Malaria in the Andamans - Number 56
Disease focus: Malaria
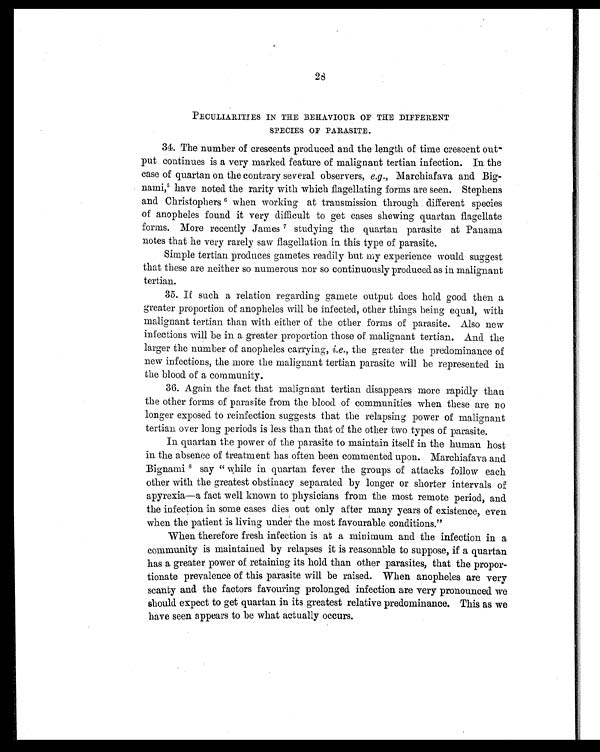
28
PECULIARITIES IN THE BEHAVIOUR OF THE DIFFERENT
SPECIES OF PARASITE.
34. The number of crescents produced and the length of time crescent out-
put continues is a very marked feature of malignant tertian infection. In the
case of quartan on the contrary several observers, e.g., Marchiafava and Big
-nami,5 have noted the rarity with which flagellating forms are seen. Stephens
and Christophers6 w h e n w o r k i n g a t t r a n s m i s s i o n t h r o u g h d i f f e r e n t s p e c i e s
of anopheles found it very difficult to get cases skewing quartan flagellate
forms. More recently James 7 s t u d y i n g t h e q u a r t a n p a r a s i t e a t P a n a m a
notes that he very rarely saw flagellation in this type of parasite.
Simple tertian produces gametes readily but my experience would suggest
that these are neither so numerous nor so continuously produced as in malignant
tertian.
35. If such a relation regarding gamete output does hold good then a
greater proportion of anopheles will be infected, other things being equal, with
malignant tertian than with either of the other forms of parasite. Also new
infections will be in a greater proportion those of malignant tertian. And the
larger the number of anopheles carrying, i.e., the greater the predominance of
new infections, the more the malignant tertian parasite will be represented in
the blood of a community.
36. Again the fact that malignant tertian disappears more rapidly than
the other forms of parasite from the blood of communities when these are no
longer exposed to reinfection suggests that the relapsing power of malignant
tertian over long periods is less than that of the other two types of parasite.
In quartan the power of the parasite to maintain itself in the human host
in the absence of treatment has often been commented upon. Marchiafava and
Bignami8 say " while in quartan fever the groups of attacks follow each
other with the greatest obstinacy separated by longer or shorter intervals of
apyrexia—a fact well known to physicians from the most remote period, and
the infection in some cases dies out only after many years of existence, even
when the patient is living under the most favourable conditions."
When therefore fresh infection is at a minimum and the infection in a
community is maintained by relapses it is reasonable to suppose, if a quartan
has a greater power of retaining its hold than other parasites, that the propor-
tionate prevalence of this parasite will be raised. When anopheles are very
scanty and the factors favouring prolonged infection are very pronounced we
should expect to get quartan in its greatest relative predominance. This as we
have seen appears to be what actually occurs.